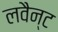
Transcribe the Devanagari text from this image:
लवैन्ट